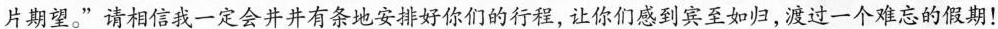
片期望。”请相信我一定会井井有条地安排好你们的行程，让你们感到宾至如归，渡过一个难忘的假期！